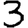
Digit: 3